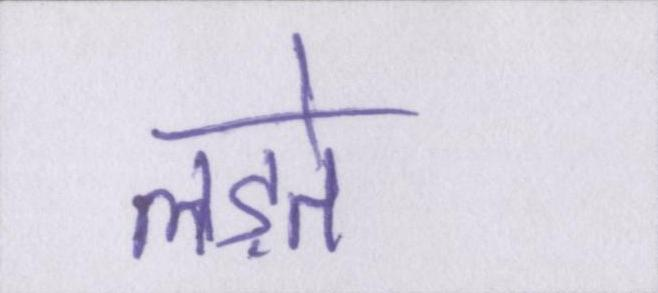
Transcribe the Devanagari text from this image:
लड़ते